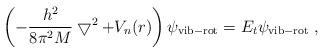
LaTeX: \begin{align*}\left(-\frac{h^2}{8\pi^2 M}\bigtriangledown^2+V_n(r)\right)\psi_{\rm vib-rot}=E_t\psi_{\rm vib-rot}~,\end{align*}